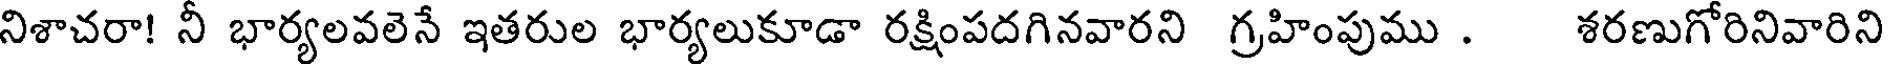
నిశాచరా! నీ భార్యలవలెనే ఇతరుల భార్యలుకూడా రక్షింపదగినవారని గ్రహింపుము . శరణుగోరినివారిని